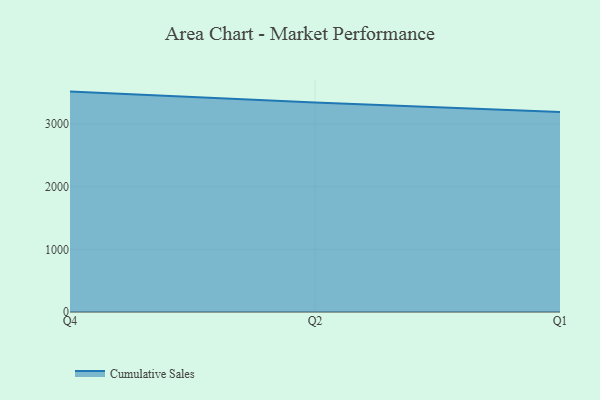
{"axis": {"x": "Quarter", "y": "Market Share (%)"}, "legend": ["Cumulative Sales"], "data": [{"x": "Q4", "y": 3517.2, "type": "Cumulative Sales"}, {"x": "Q2", "y": 3345.2, "type": "Cumulative Sales"}, {"x": "Q1", "y": 3190.1, "type": "Cumulative Sales"}]}